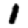
Digit: 1